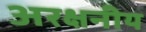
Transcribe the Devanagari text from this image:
अरक्षनीय